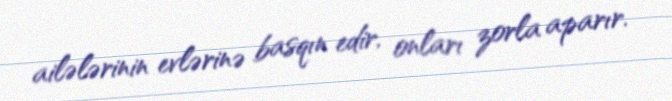
ailələrinin evlərinə basqın edir, onları zorla aparır.